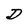
Character: D